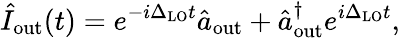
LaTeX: \hat{I}_{\mathrm{out}}(t)=e^{-i\Delta_{\mathrm{LO}}t}\hat{a}_{\mathrm{out}}+\hat{a}_{\mathrm{out}}^{\dagger}e^{i\Delta_{\mathrm{LO}}t},